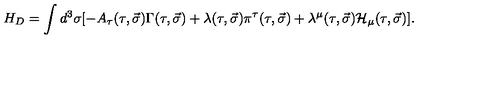
H _ { D } = \int d ^ { 3 } \sigma [ - A _ { \tau } ( \tau , \vec { \sigma } ) \Gamma ( \tau , \vec { \sigma } ) + \lambda ( \tau , \vec { \sigma } ) \pi ^ { \tau } ( \tau , \vec { \sigma } ) + \lambda ^ { \mu } ( \tau , \vec { \sigma } ) { \cal H } _ { \mu } ( \tau , \vec { \sigma } ) ] .